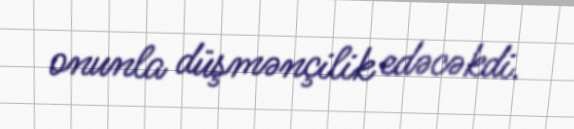
onunla düşmənçilik edəcəkdi.